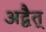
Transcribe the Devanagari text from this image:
अद्वैत्